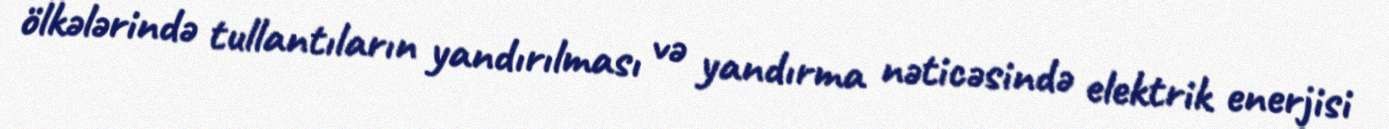
ölkələrində tullantıların yandırılması və yandırma nəticəsində elektrik enerjisi